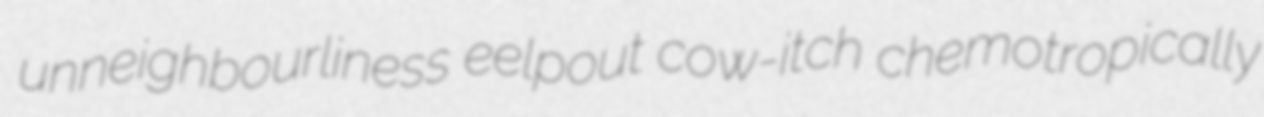
unneighbourliness eelpout cow-itch chemotropically